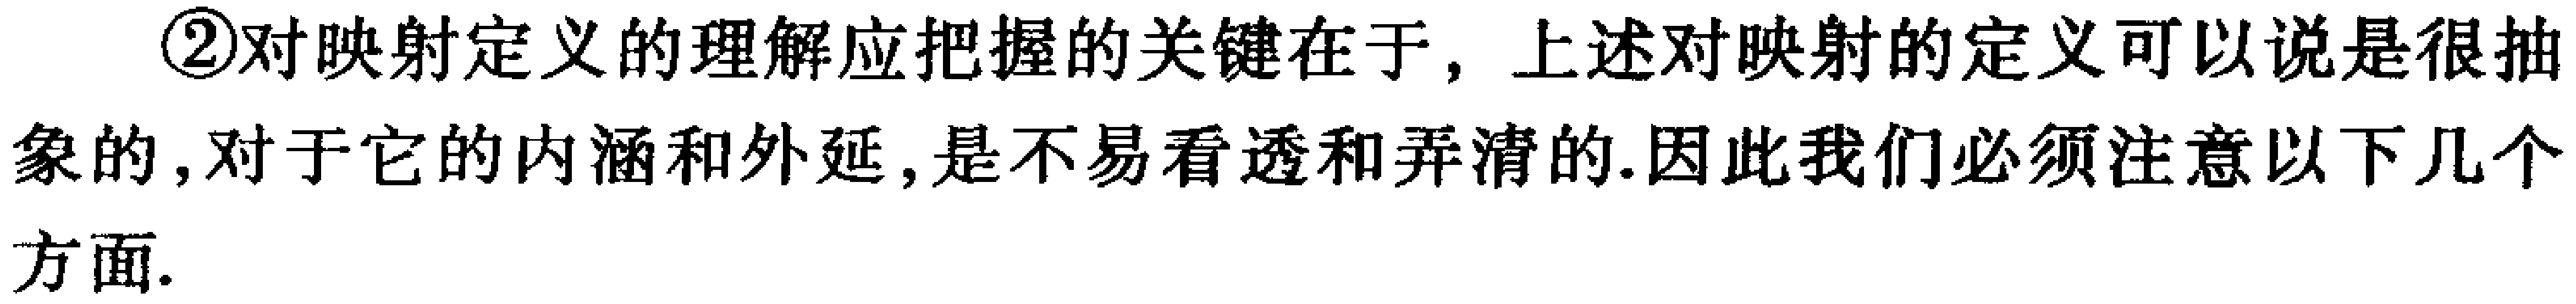
\textcircled{2}对映射定义的理解应把握的关键在于，上述对映射的定义可以说是很抽象的,对于它的内涵和外延,是不易看透和弄清的.因此我们必须注意以下几个方面.